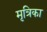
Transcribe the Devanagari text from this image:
मृत्रिका